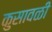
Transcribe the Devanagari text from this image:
कुसावळी